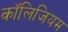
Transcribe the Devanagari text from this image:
कॉलिजियम